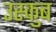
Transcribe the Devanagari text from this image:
उस्कुब